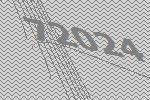
72024